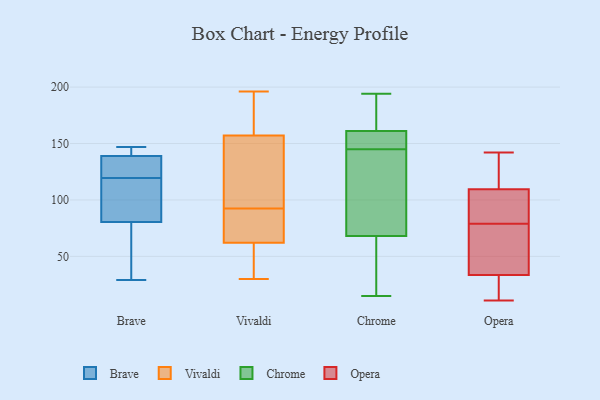
{"axis": {"x": "Budget (USD K)", "y": "Value"}, "legend": ["Brave", "Chrome", "Opera", "Vivaldi"], "data": [{"x": "", "y": 147, "type": "Brave"}, {"x": "", "y": 76, "type": "Brave"}, {"x": "", "y": 124, "type": "Brave"}, {"x": "", "y": 87, "type": "Brave"}, {"x": "", "y": 85, "type": "Brave"}, {"x": "", "y": 124, "type": "Brave"}, {"x": "", "y": 115, "type": "Brave"}, {"x": "", "y": 147, "type": "Brave"}, {"x": "", "y": 137, "type": "Brave"}, {"x": "", "y": 49, "type": "Brave"}, {"x": "", "y": 141, "type": "Brave"}, {"x": "", "y": 29, "type": "Brave"}, {"x": "", "y": 92, "type": "Vivaldi"}, {"x": "", "y": 95, "type": "Vivaldi"}, {"x": "", "y": 166, "type": "Vivaldi"}, {"x": "", "y": 36, "type": "Vivaldi"}, {"x": "", "y": 49, "type": "Vivaldi"}, {"x": "", "y": 195, "type": "Vivaldi"}, {"x": "", "y": 110, "type": "Vivaldi"}, {"x": "", "y": 117, "type": "Vivaldi"}, {"x": "", "y": 62, "type": "Vivaldi"}, {"x": "", "y": 185, "type": "Vivaldi"}, {"x": "", "y": 93, "type": "Vivaldi"}, {"x": "", "y": 196, "type": "Vivaldi"}, {"x": "", "y": 157, "type": "Vivaldi"}, {"x": "", "y": 69, "type": "Vivaldi"}, {"x": "", "y": 63, "type": "Vivaldi"}, {"x": "", "y": 44, "type": "Vivaldi"}, {"x": "", "y": 73, "type": "Vivaldi"}, {"x": "", "y": 30, "type": "Vivaldi"}, {"x": "", "y": 72, "type": "Chrome"}, {"x": "", "y": 194, "type": "Chrome"}, {"x": "", "y": 68, "type": "Chrome"}, {"x": "", "y": 162, "type": "Chrome"}, {"x": "", "y": 161, "type": "Chrome"}, {"x": "", "y": 148, "type": "Chrome"}, {"x": "", "y": 142, "type": "Chrome"}, {"x": "", "y": 15, "type": "Chrome"}, {"x": "", "y": 16, "type": "Chrome"}, {"x": "", "y": 148, "type": "Chrome"}, {"x": "", "y": 14, "type": "Opera"}, {"x": "", "y": 59, "type": "Opera"}, {"x": "", "y": 142, "type": "Opera"}, {"x": "", "y": 90, "type": "Opera"}, {"x": "", "y": 79, "type": "Opera"}, {"x": "", "y": 120, "type": "Opera"}, {"x": "", "y": 32, "type": "Opera"}, {"x": "", "y": 38, "type": "Opera"}, {"x": "", "y": 116, "type": "Opera"}, {"x": "", "y": 88, "type": "Opera"}, {"x": "", "y": 11, "type": "Opera"}]}